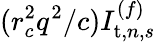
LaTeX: (r_{c}^{2}q^{2}/c)I_{\mathrm{t},n,s}^{(f)}